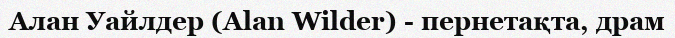
Алан Уайлдер (Alan Wilder) - пернетақта, драм